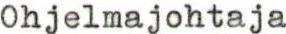
Ohjelmajohtaja